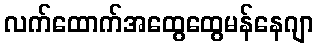
လက်ထောက်အထွေထွေမန်နေဂျာ